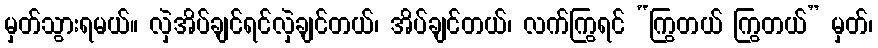
မှတ်သွားရမယ်။ လှဲအိပ်ချင်ရင်လှဲချင်တယ်၊ အိပ်ချင်တယ်၊ လက်ကြွရင် “ကြွတယ် ကြွတယ်” မှတ်၊